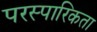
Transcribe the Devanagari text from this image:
परस्पारिकता